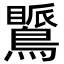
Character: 𪅚